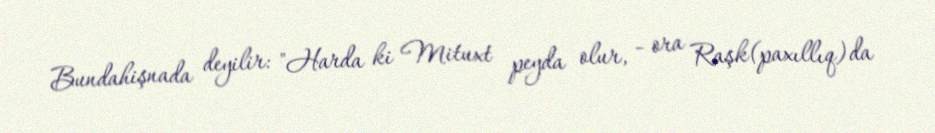
Bundahişnada deyilir: "Harda ki Mituxt peyda olur, - ora Raşk(paxıllıq)da